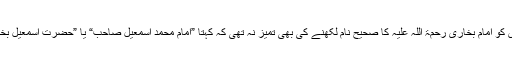
مزید یہ کہ اس کو امام بخاری رحمۃ اللہ علیہ کا صحیح نام لکھنے کی بھی تمیز نہ تھی کہ کہتا ”امام محمد اسمعیل صاحب“ یا ”حضرت اسمعیل بخاری صاحب“۔